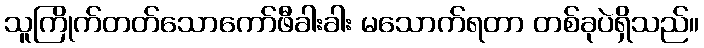
သူကြိုက်တတ်သောကော်ဖီခါးခါး မသောက်ရတာ တစ်ခုပဲရှိသည်။